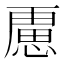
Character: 𭞐